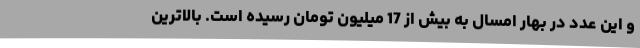
و این عدد در بهار امسال به بیش از 17 میلیون تومان رسیده است. بالاترین